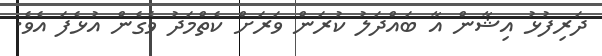
ދަރިފުޅު އިޝާން އާ ބައްދަލު ކުރަން ވަރަށް ކެތްމަދު ވެގެން އުޅެފަ އެވެ.